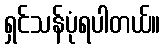
ရှင်သန်ပုံရပါတယ်။